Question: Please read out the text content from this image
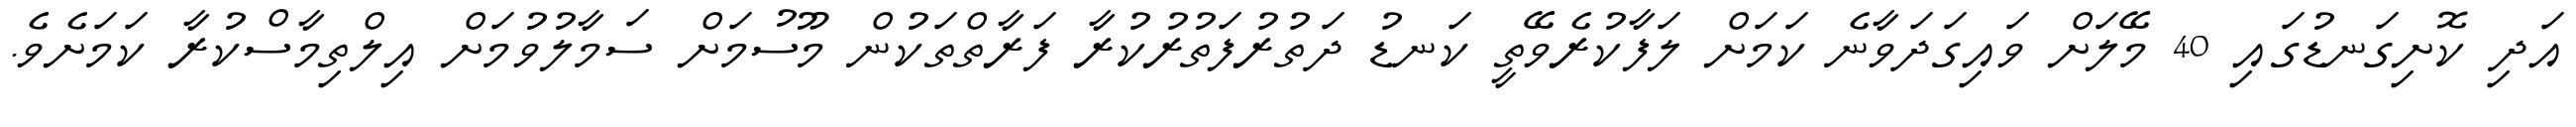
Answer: އަދި ކޮށިގަނޑުގައި 40 މޭލަށް ވައިގަދަވާނެ ކަމަށް ލަފާކުރެވޭތީ ކަނޑު ދަތުރުފަތުރުކުރާ ފަރާތްތަކުން މޫސުމަށް ސަމާލުވުމަށް އިލްތިމާސްކުރާ ކަމަށެވެ.